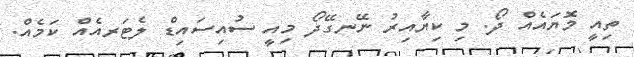
ތިއީ މޮޔައެއް ދޯ. މި ކިޔާއިރު ނޭނގޭދޯ މިއީ ސުއިސައިޑް ލެޓަރއެއް ކަމެއް.